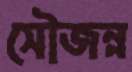
সৌজন্ন